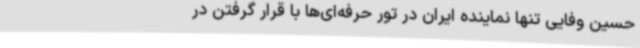
حسین وفایی تنها نماینده ایران در تور حرفه‌ای‌ها با قرار گرفتن در